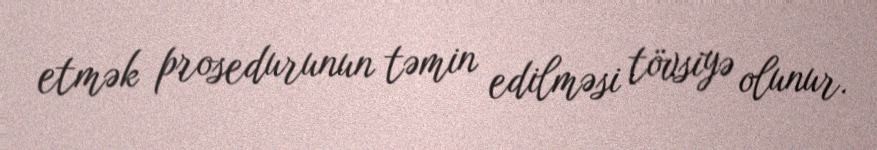
etmək prosedurunun təmin edilməsi tövsiyə olunur.